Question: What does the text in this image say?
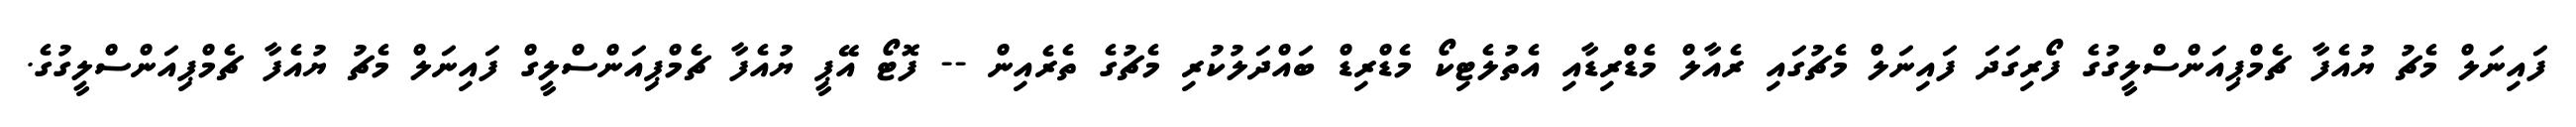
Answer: ފައިނަލް މެޗު ޔުއެފާ ޗެމްޕިއަންސްލީގުގެ ފޯރިގަދަ ފައިނަލް މެޗުގައި ރެއާލް މެޑްރިޑާއި އެތުލެޓިކޯ މެޑްރިޑް ބައްދަލުކުރި މެޗުގެ ތެރެއިން -- ފޮޓޯ އޭޕީ ޔުއެފާ ޗެމްޕިއަންސްލީގް ފައިނަލް މެޗު ޔުއެފާ ޗެމްޕިއަންސްލީގުގެ.